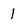
Character: 1